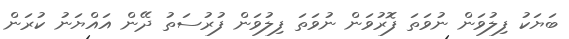
ބަޔަކު ފިލުވަން ނުވަތަ ފޮރުވަން ނުވަތަ ފިލުވަން ފުރުސަތު ދޭން އައްޔަނު ކުރަން